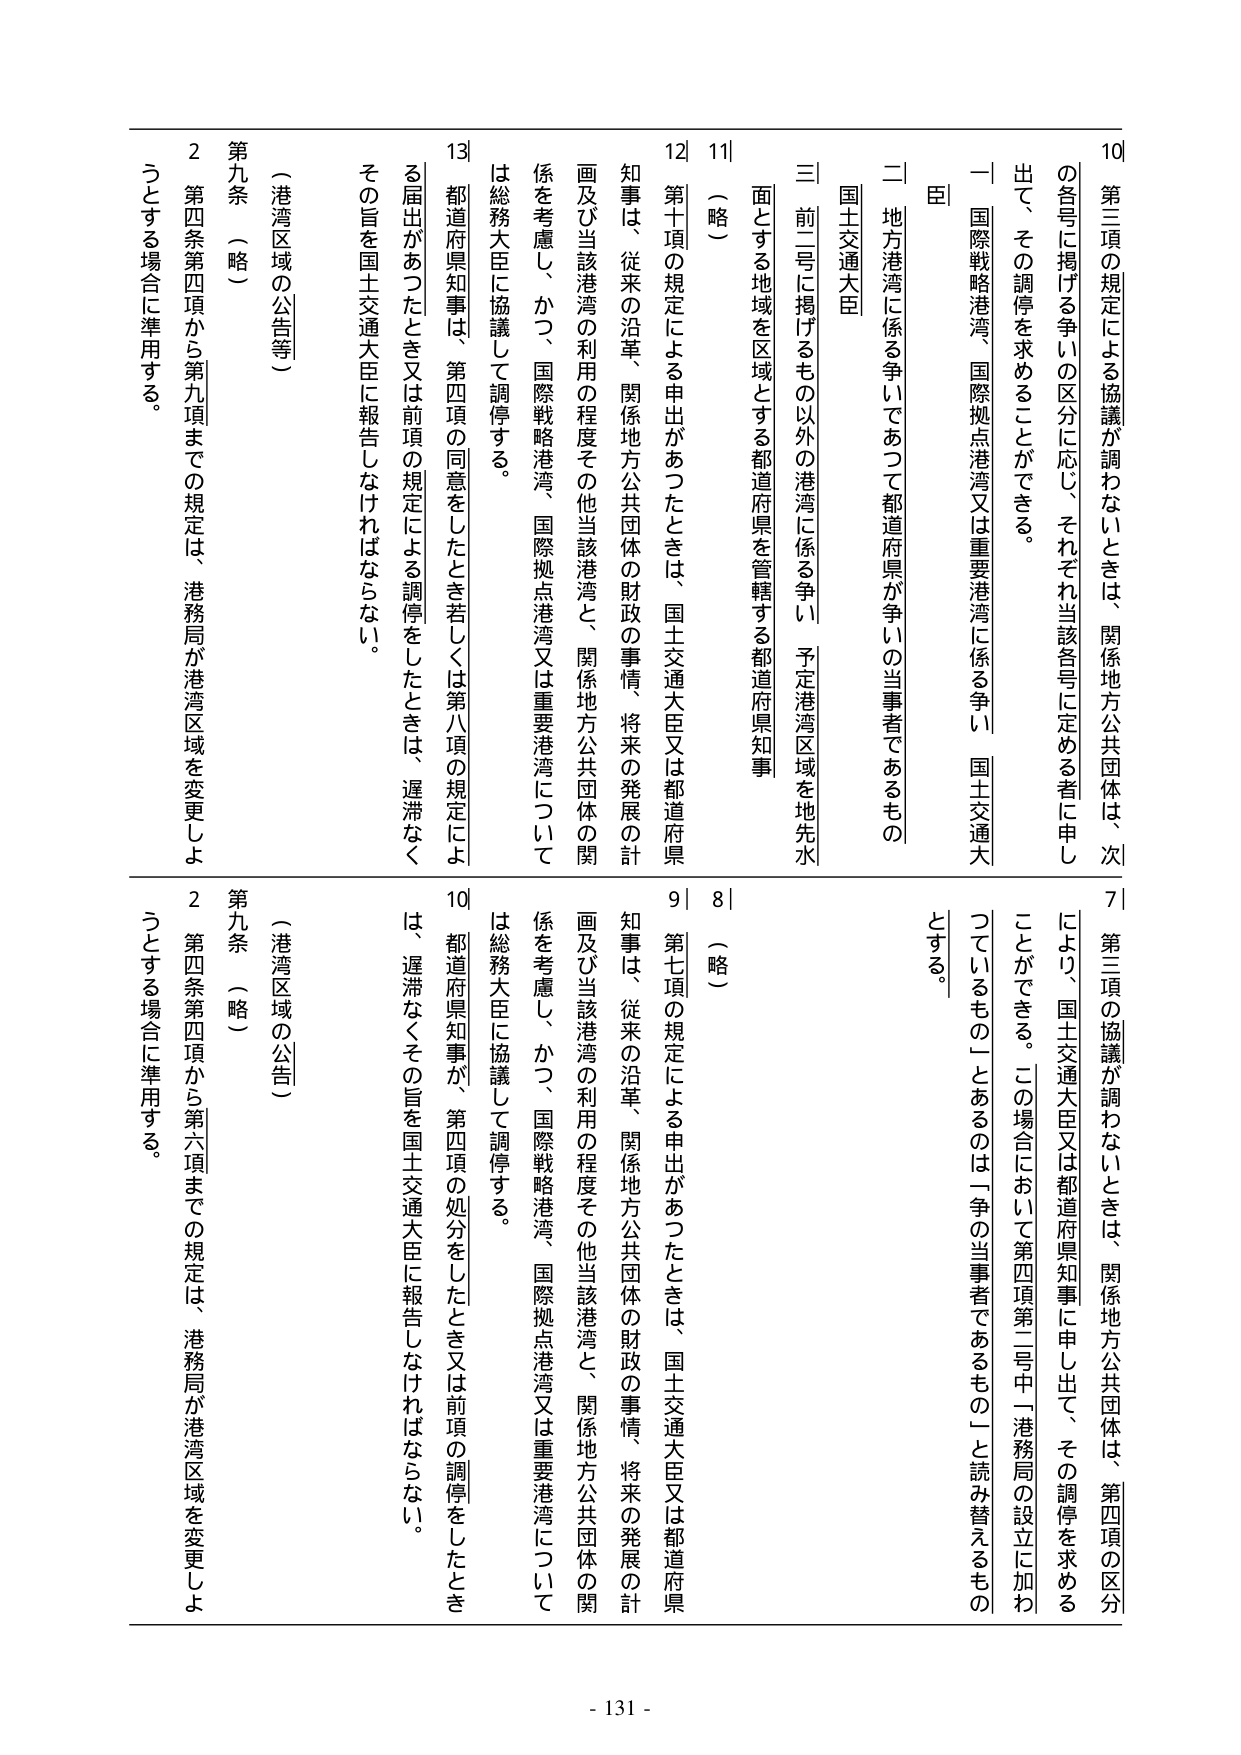
10 第三項の規定による協議が調わないときは、関係地方公共団体は、次
の各号に掲げる争いの区分に応じ、それぞれ当該各号に定める者に申し
出て、その調停を求めることができる。
一 国際戦略港湾、国際拠点港湾又は重要港湾に係る争い 国土交通大
臣
二 地方港湾に係る争いであつて都道府県が争いの当事者であるもの
国土交通大臣
三 前二号に掲げるもの以外の港湾に係る争い 予定港湾区域を地先水
面とする地域を区域とする都道府県を管轄する都道府県知事
11 （略）
12 第十項の規定による申出があつたときは、国土交通大臣又は都道府県
知事は、従来の沿革、関係地方公共団体の財政の事情、将来の発展の計
画及び当該港湾の利用の程度その他当該港湾と、関係地方公共団体の関
係を考慮し、かつ、国際戦略港湾、国際拠点港湾又は重要港湾について
は総務大臣に協議して調停する。
13 都道府県知事は、第四項の同意をしたとき若しくは第八項の規定によ
る届出があつたとき又は前項の規定による調停をしたときは、遅滞なく
その旨を国土交通大臣に報告しなければならない。
（港湾区域の公告等）
第九条 （略）
2 第四条第四項から第九項までの規定は、港務局が港湾区域を変更しよ
うとする場合に準用する。

7 第三項の協議が調わないときは、関係地方公共団体は、第四項の区分
により、国土交通大臣又は都道府県知事に申し出て、その調停を求めること
ができる。この場合において第四項第二号中「港務局の設立に加わ
つているもの」とあるのは「争の当事者であるもの」と読み替えるもの
とする。
8 （略）
9 第七項の規定による申出があつたときは、国土交通大臣又は都道府県
知事は、従来の沿革、関係地方公共団体の財政の事情、将来の発展の計
画及び当該港湾の利用の程度その他当該港湾と、関係地方公共団体の関
係を考慮し、かつ、国際戦略港湾、国際拠点港湾又は重要港湾について
は総務大臣に協議して調停する。
10 都道府県知事が、第四項の処分をしたとき又は前項の調停をしたとき
は、遅滞なくその旨を国土交通大臣に報告しなければならない。
（港湾区域の公告）
第九条 （略）
2 第四条第四項から第六項までの規定は、港務局が港湾区域を変更しよ
うとする場合に準用する。

- 131 -